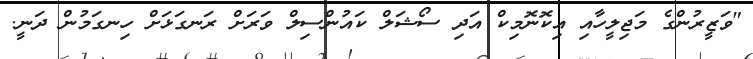
"ވަޒީރުންގެ މަޖިލީހާއި އިކޮނޮމިކް އަދި ސޯޝަލް ކައުންސިލް ވަރަށް ރަނގަޅަށް ހިނގަމުން ދަނީ.